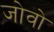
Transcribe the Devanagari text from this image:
जोवो